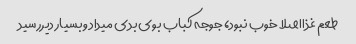
طعم غذااصلا خوب نبود، جوجه کباب بوی بدی میداد وبسیار دیررسید